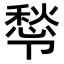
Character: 𭅿